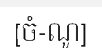
[ចំ-ណូ]